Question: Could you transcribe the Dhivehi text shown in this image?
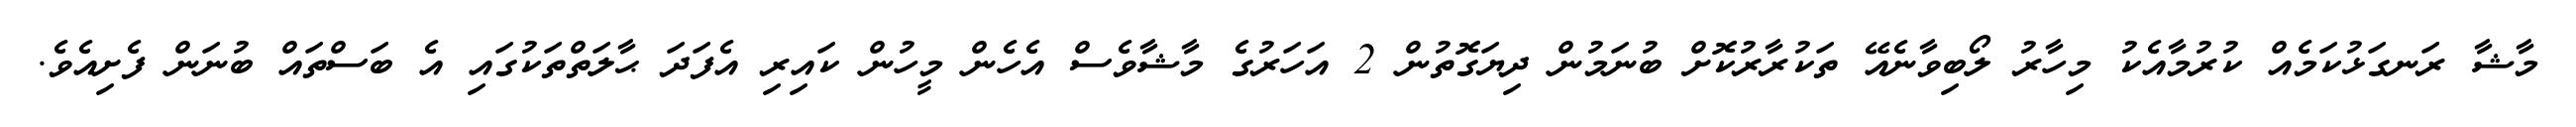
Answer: މާޝާ ރަނގަޅުކަމެއް ކުރުމާއެކު މިހާރު ލޯބިވާނެއޭ ތަކުރާރުކޮށް ބުނަމުން ދިޔަގޮތުން 2 އަހަރުގެ މާޝާވެސް އެހެން މީހުން ކައިރި އެފަދަ ޙާލަތްތަކުގައި އެ ބަސްތައް ބުނަން ފެށިއެވެ.